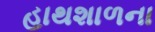
હાથશાળના